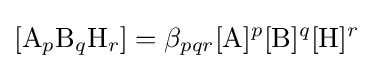
[{\mathrm {A} }_{p}{\mathrm {B} }_{q}{\mathrm {H} }_{r}]=\beta _{pqr}[{\ce {A}}]^{p}[{\ce {B}}]^{q}[{\ce {H}}]^{r}